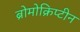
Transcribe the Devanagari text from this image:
ब्रोमोक्रिप्टीन